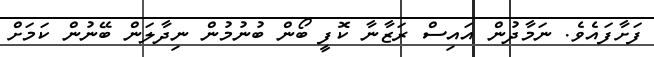
ފަށާފައެވެ. ނަމާދުން އައިސް ރަޒާނާ ކޮފީ ބޯން ބުނުމުން ނިދާލަން ބޭނުން ކަމަށް